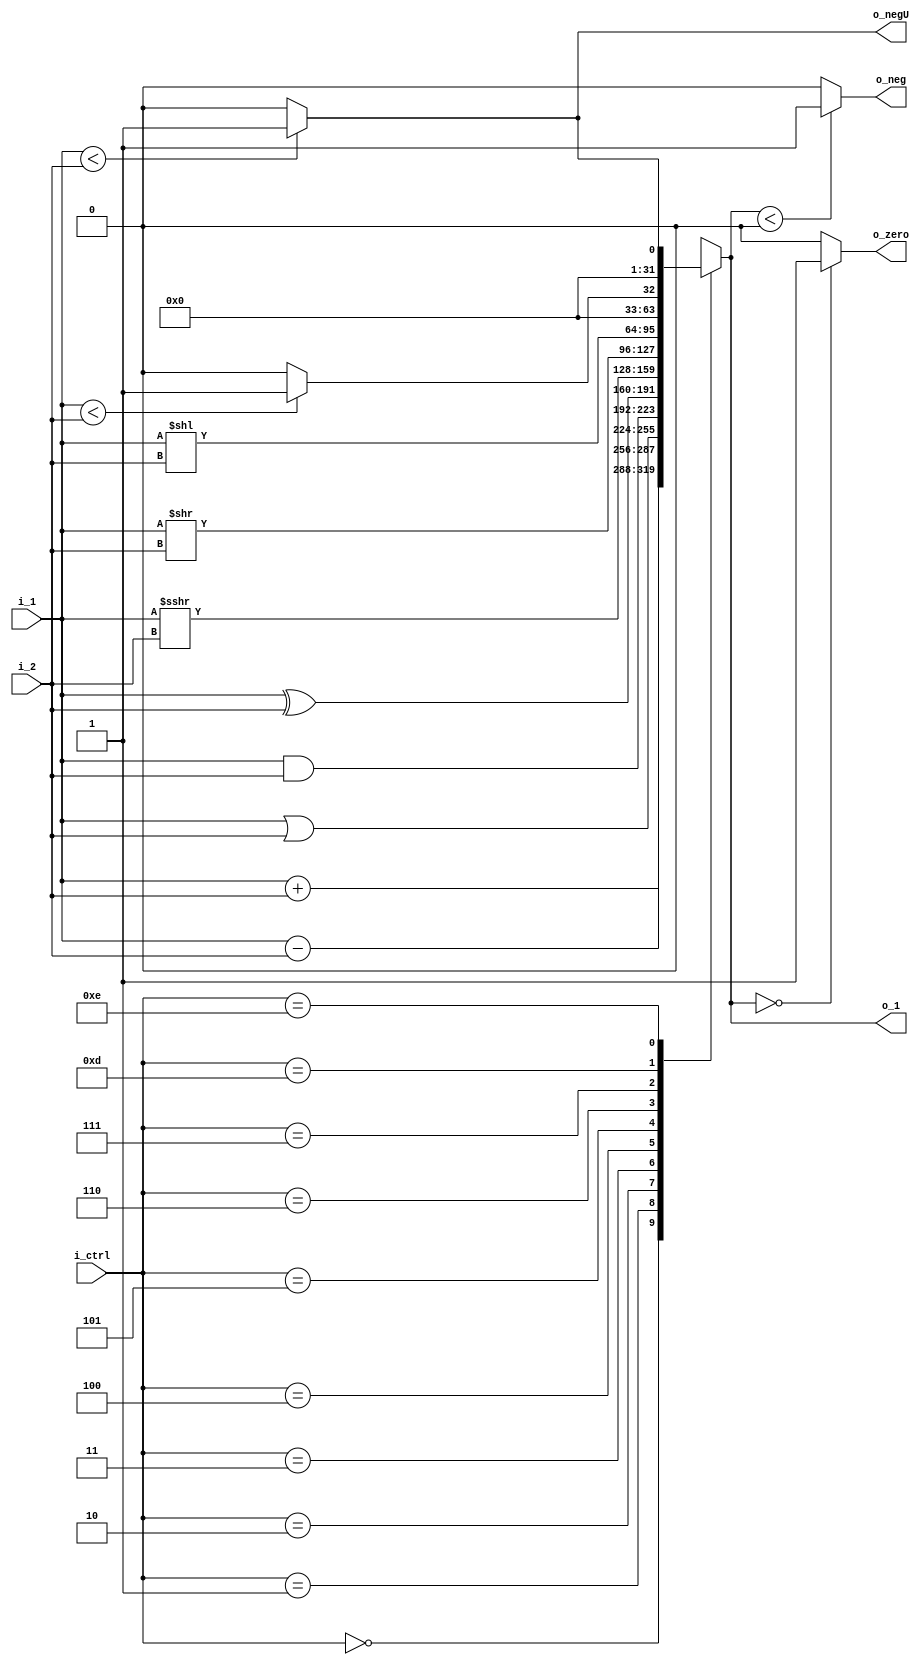
module ALU(
  input [3:0]    i_ctrl,
  input [31:0]   i_1, i_2,

  output [31:0]  o_1,
  output         o_zero, o_neg, o_negU
);
  // if i_1 - i_2 = or < 0, assert each.(signed or Unsigned)

  // i_ctrl
  // 0000 : Add
  // 0001 : Sub
  // 0010 :
  // 0011 :
  // 0100 :
  // 0101 :
  // 0110 :
  // 0111 :

  assign o_1 = operation(i_ctrl, i_1, i_2);
  assign o_zero = (o_1 == 0)? 1 : 0;
  assign o_neg = ($signed(o_1) < 0)? 1 : 0;
  assign o_negU = (i_1 < i_2)? 1 : 0;

  function [31:0] operation(
    input [3:0] i_ctrl,
    input [31:0] i_1, i_2
  );
    case(i_ctrl)
      4'b0000:  operation = i_1 + i_2;
      4'b0001:  operation = i_1 - i_2;
      4'b0010:  operation = i_1 | i_2;
      4'b0011:  operation = i_1 & i_2;
      4'b0100:  operation = i_1 ^ i_2;
      4'b0101:  operation = $signed(i_1) >>> $signed(i_2);
      4'b0110:  operation = i_1 >> i_2;
      4'b0111:  operation = i_1 << i_2;
      4'b1101: // slt
        if ($signed(i_1) < $signed(i_2))
                operation = 32'd1;
        else    operation = 32'd0;
      4'b1110: // sltu
        if (i_1 < i_2)
                operation = 32'd1;
        else    operation = 32'd0;
      default:  operation = 32'bx; // 32bit_x
    endcase
  endfunction
endmodule